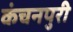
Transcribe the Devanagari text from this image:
कंचनपुरी